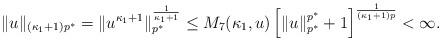
LaTeX: \begin{align*} \|u\|_{(\kappa_1+1)p^*} =\|u^{\kappa_1+1}\|_{p^*}^{\frac{1}{\kappa_1+1}} &\leq M_7(\kappa_1, u) \left [\|u\|_{p^*}^{p^*}+1\right]^{\frac{1}{(\kappa_1+1)p}}<\infty. \end{align*}